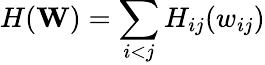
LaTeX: H(\mathbf{W})=\sum_{i<j}H_{ij}(w_{ij})